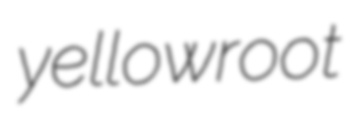
yellowroot